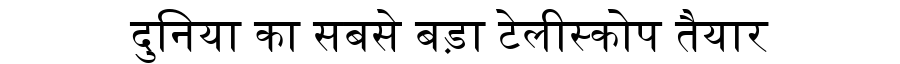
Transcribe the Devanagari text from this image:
दुनिया का सबसे बड़ा टेलीस्कोप तैयार